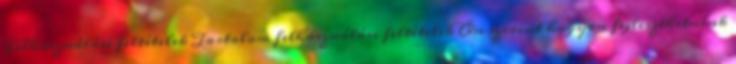
Felhasználási feltételek Tartalom felhasználási feltételek Ön szerint hogyan fejleszthetnénk